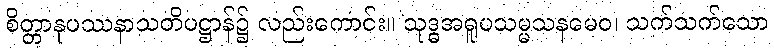
စိတ္တာနုပဿနာသတိပဋ္ဌာန်၌ လည်းကောင်း။ သုဒ္ဓအရူပသမ္မသနမေဝ၊ သက်သက်သော